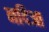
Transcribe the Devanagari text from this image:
नदिआ